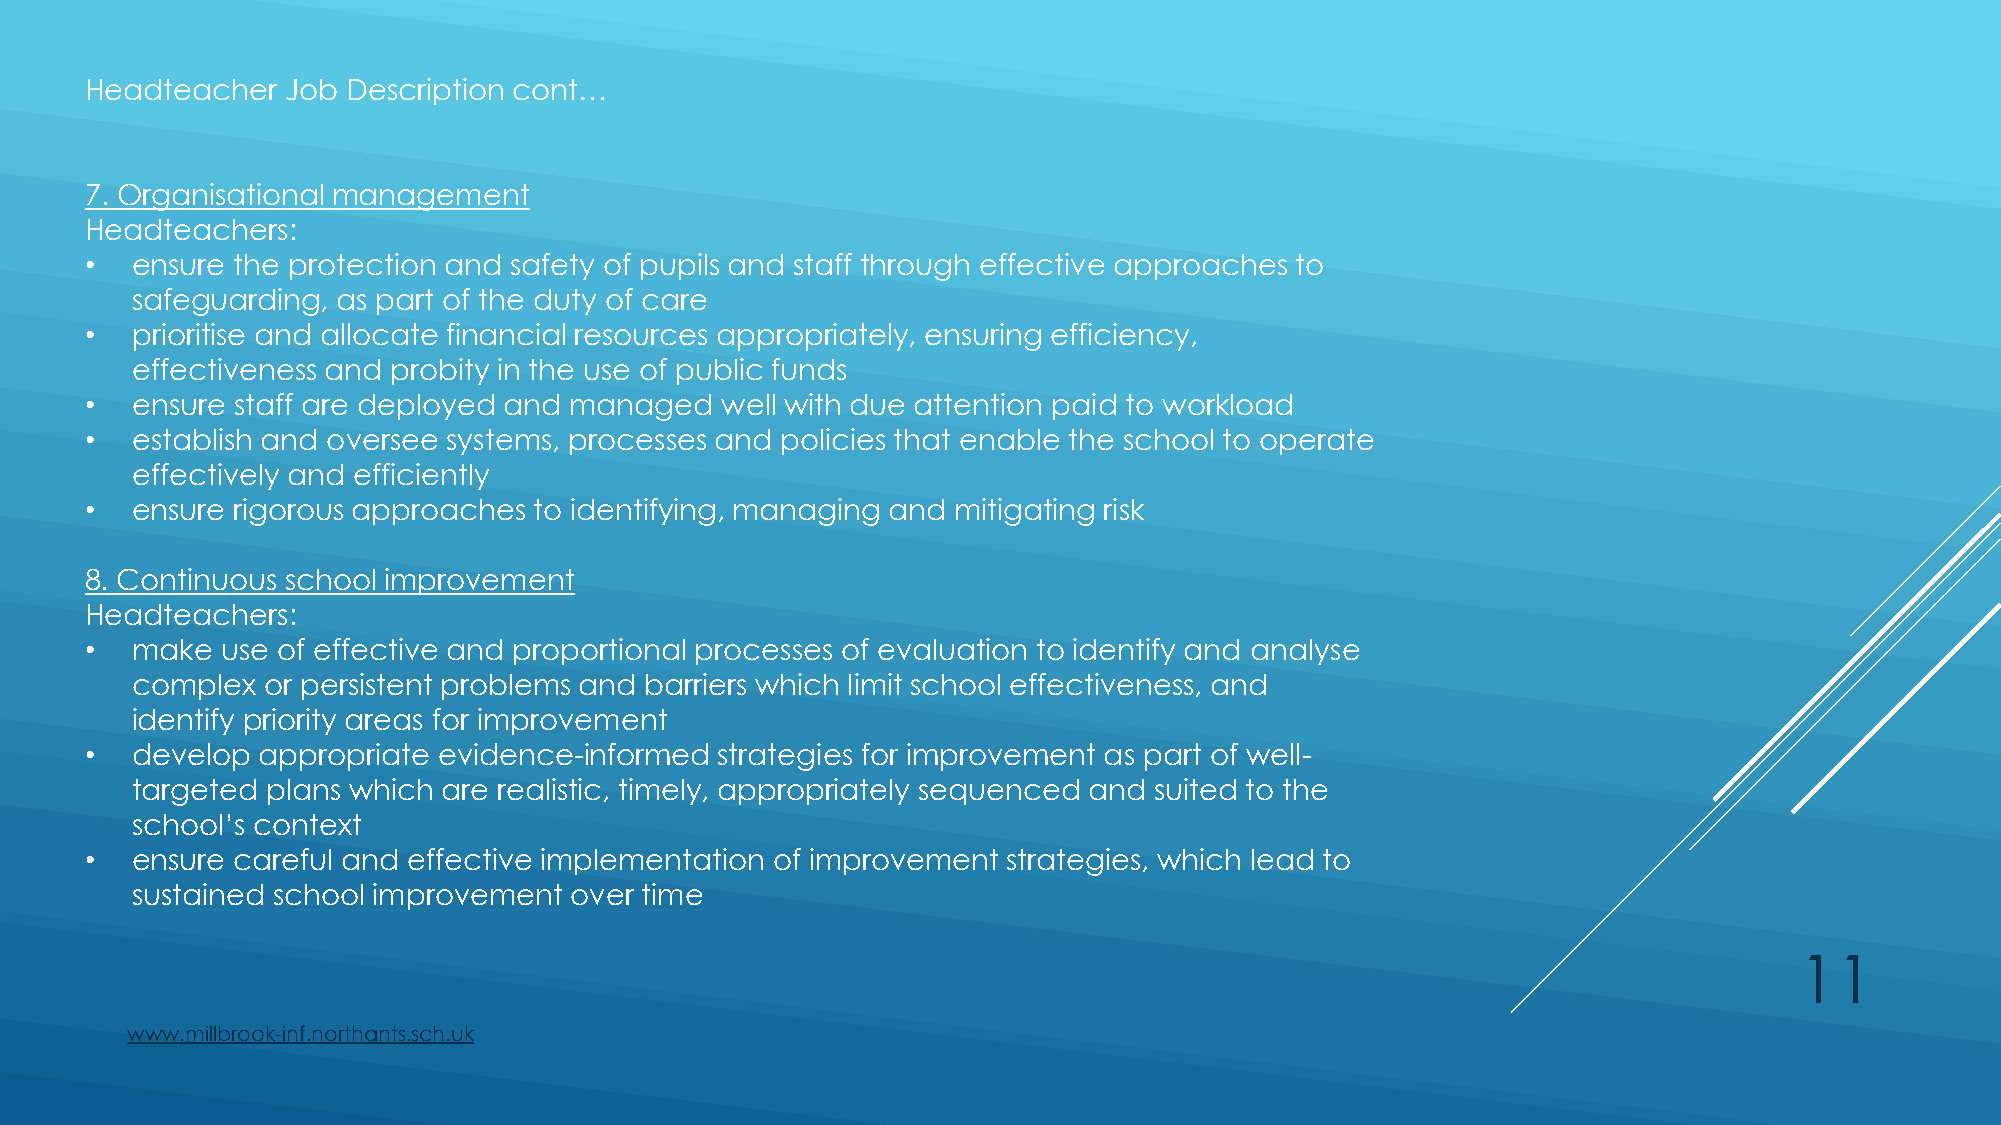
Headteacher  Job Description cont…
 7. Organisational management
 Headteachers:
 •  ensure the protection and safety of pupils and staff through effective approaches to
 safeguarding, as part of the duty of care
 •  prioritise and allocate financial resources appropriately, ensuring efficiency,
 effectiveness and probity in the use of public funds
 •  ensure staff are deployed and managed  well with due attention paid to workload
 •  establish and oversee systems, processes and policies that enable the school to operate
 effectively and efficiently
 •  ensure rigorous approaches to identifying, managing and mitigating risk
 8. Continuous school improvement
 Headteachers:
 •  make  use of effective and proportional processes of evaluation to identify and analyse
 complex or persistent problems and barriers which limit school effectiveness, and
 identify priority areas for improvement
 •  develop appropriate evidence-informed  strategies for improvement as part of well-
 targeted plans which are realistic, timely, appropriately sequenced and suited to the
 school’s context
 •  ensure careful and effective implementation of improvement strategies, which lead to
 sustained school improvement over time
 11
 www.millbrook-inf.northants.sch.uk